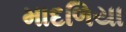
માદળિયા